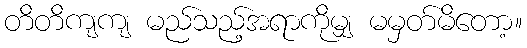
တိတိကျကျ မည်သည့်အရာကိုမျှ မမှတ်မိတော့။